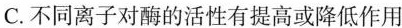
C.不同离子对酶的活性有提高或降低作用